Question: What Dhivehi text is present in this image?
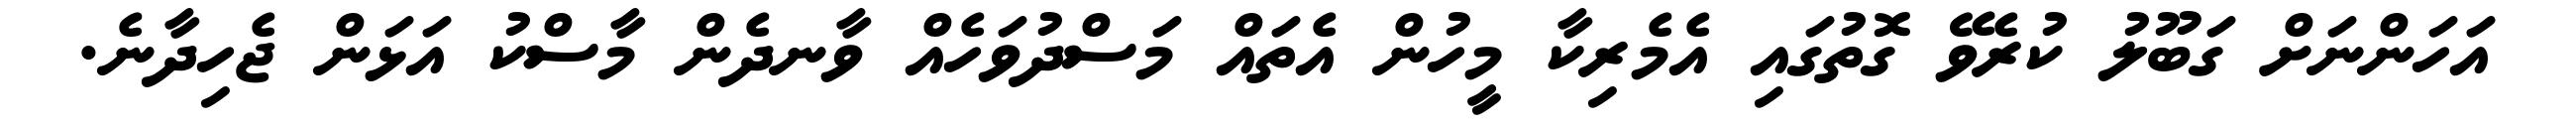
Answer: އަހަންނަށް ގަބޫލު ކުރެވޭ ގޮތުގައި އެމެރިކާ މީހުން އެތައް މަސްދުވަހެއް ވާނދެން މާސްކު އަޅަން ޖެހިދާނެ.